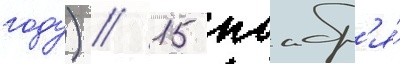
году) // 15 ноабр'я́